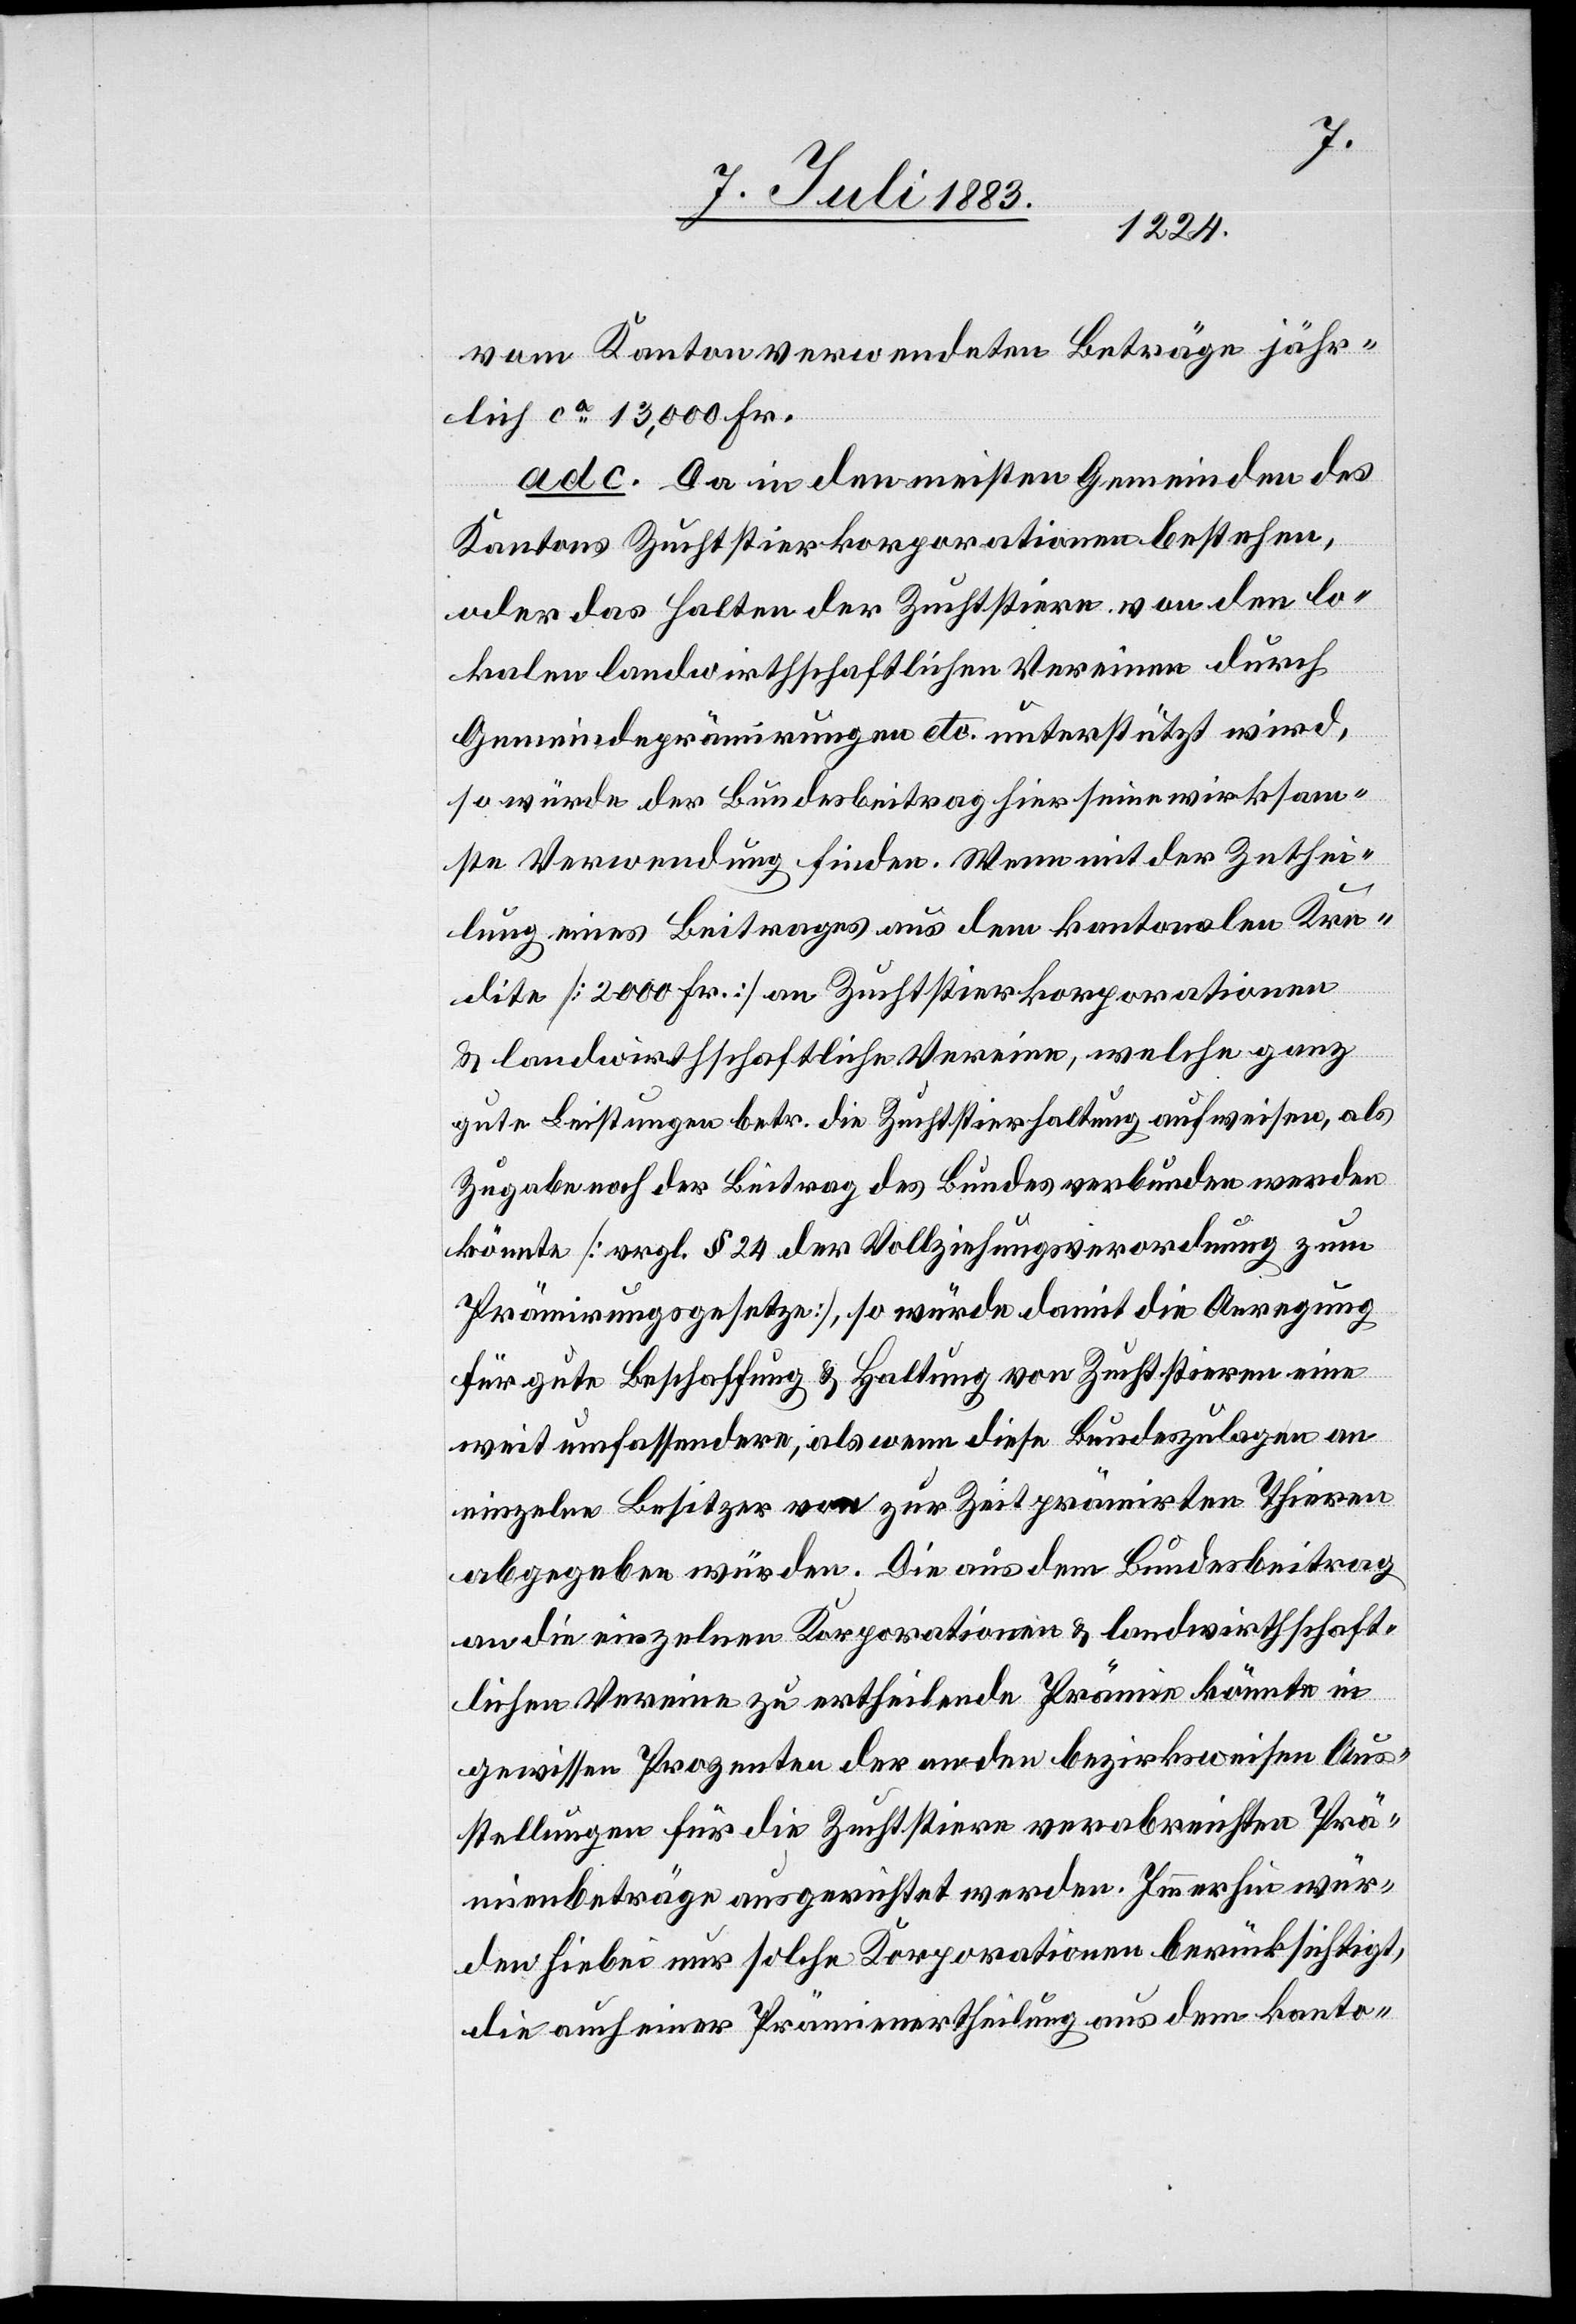
vom Kanton verwendeten Beträge jähr¬
lich ca 13,000 Fr.
ad c. Da in den meisten Gemeinden des
Kantons Zuchtstierkorporationen bestehen,
oder das Handel der Zuchtstiere von den lo¬
kalen landwirthschaftlichen Vereinen durch
Gemeindeprämirungen etc. unterstützt wird,
so würde der Bundesbeitrag hier seine wirksam¬
ste Verwendung finden. Wenn mit der Zuthei¬
lung eines Beitrages aus dem kantonalen Kre¬
dite [2000 Fr.] an Zuchtstierkorporationen
und landwirthschaftliche Vereine, welche ganz
gute Leistungen betr. die Zuchtstierhaltung aufweisen, als
Zugabe noch der Beitrag des Bundes verbunden werden
könnte [vergl. § 24 der Vollziehungsverordnung zum
Prämirungsgesetze], so würde damit die Anregung
für gute Beschaffung & Haltung von Zuchtstieren eine
weit umfassendere, als wenn diese Bundeszulagen an
einzelne Besitzer von zur Zeit prämirten Thieren
abgegeben würden. Die aus dem Bundesbeitrag
an die einzelnen Korporationen & landwirthschaft¬
lichen Vereine zu ertheilende Prämie könnte in
gewissen Prozenten der an den bezirksweisen Aus¬
stellung für die Zuchtstiere verabreichten Prä¬
mienbeiträge ausgerichtet werden. Immerhin wür¬
den hiebei nur solche Korporationen berücksichtigt,
die auch einer Prämienertheilung aus dem kanto-